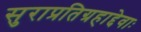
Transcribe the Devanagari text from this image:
सुराप्रतिग्रहाद्देवाः